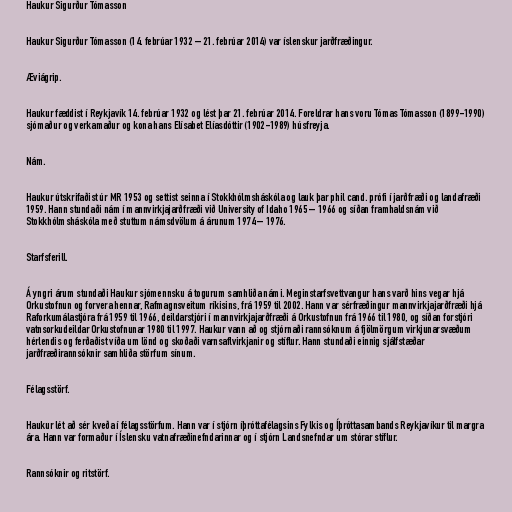
Haukur Sigurður Tómasson

Haukur Sigurður Tómasson (14. febrúar 1932 – 21. febrúar 2014) var íslenskur jarðfræðingur.

Æviágrip.

Haukur fæddist í Reykjavík 14. febrúar 1932 og lést þar 21. febrúar 2014. Foreldrar hans voru Tómas Tómasson (1899-1990)
sjómaður og verkamaður og kona hans Elísabet Elíasdóttir (1902-1989) húsfreyja.

Nám.

Haukur útskrifaðist úr MR 1953 og settist seinna í Stokkhólmsháskóla og lauk þar phil cand. prófi í jarðfræði og landafræði
1959. Hann stundaði nám í mannvirkjajarðfræði við University of Idaho 1965 – 1966 og síðan framhaldsnám við
Stokkhólmsháskóla með stuttum námsdvölum á árunum 1974 – 1976.

Starfsferill.

Á yngri árum stundaði Haukur sjómennsku á togurum samhliða námi. Meginstarfsvettvangur hans varð hins vegar hjá
Orkustofnun og forvera hennar, Rafmagnsveitum ríkisins, frá 1959 til 2002. Hann var sérfræðingur mannvirkjajarðfræði hjá
Raforkumálastjóra frá 1959 til 1966, deildarstjóri í mannvirkjajarðfræði á Orkustofnun frá 1966 til 1980, og síðan forstjóri
vatnsorkudeildar Orkustofnunar 1980 til 1997. Haukur vann að og stjórnaði rannsóknum á fjölmörgum virkjunarsvæðum
hérlendis og ferðaðist víða um lönd og skoðaði varnsaflvirkjanir og stíflur. Hann stundaði einnig sjálfstæðar
jarðfræðirannsóknir samhliða störfum sínum.

Félagsstörf.

Haukur lét að sér kveða í félagsstörfum. Hann var í stjórn íþróttafélagsins Fylkis og Íþróttasambands Reykjavíkur til margra
ára. Hann var formaður í Íslensku vatnafræðinefndarinnar og í stjórn Landsnefndar um stórar stíflur.

Rannsóknir og ritstörf.